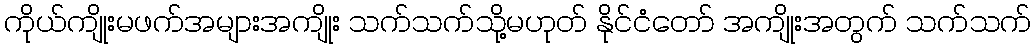
ကိုယ်ကျိုးမဖက်အများအကျိုး သက်သက်သို့မဟုတ် နိုင်ငံတော် အကျိုးအတွက် သက်သက်